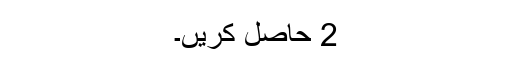
2 حاصل کریں۔